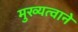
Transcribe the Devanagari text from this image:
मुख्यत्वाने